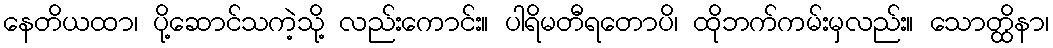
နေတိယထာ၊ ပို့ဆောင်သကဲ့သို့ လည်းကောင်း။ ပါရိမတီရတောပိ၊ ထိုဘက်ကမ်းမှလည်း။ သောတ္ထိနာ၊